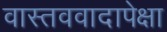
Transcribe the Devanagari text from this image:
वास्तववादापेक्षा